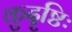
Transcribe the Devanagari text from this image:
कुदृष्टिः